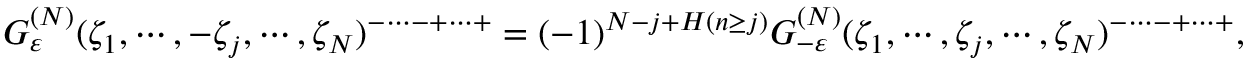
G _ { \varepsilon } ^ { ( N ) } ( \zeta _ { 1 } , \cdots , - \zeta _ { j } , \cdots , \zeta _ { N } ) ^ { - \cdots - + \cdots + } = ( - 1 ) ^ { N - j + H ( n \ge j ) } G _ { - \varepsilon } ^ { ( N ) } ( \zeta _ { 1 } , \cdots , \zeta _ { j } , \cdots , \zeta _ { N } ) ^ { - \cdots - + \cdots + } ,